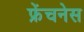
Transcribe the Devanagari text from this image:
फ्रेंचनेस